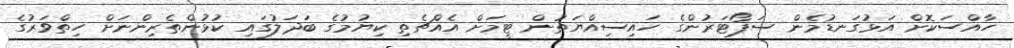
ހާއްސަކޮށް އަޅުގަނޑުމެން ސަޕޯޓަރުންގެ ހައިސިއްޔަތުން ޓީމަށް އެއްޗެތި ކިޔުމުގެ ބަދަލުގައި ކުޅުންތެރިންނަށް ހިތްވަރުގެ